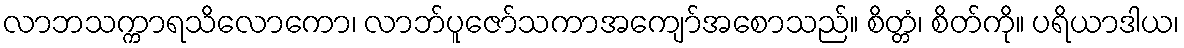
လာဘသက္ကာရသိလောကော၊ လာဘ်ပူဇော်သကာအကျော်အစောသည်။ စိတ္တံ၊ စိတ်ကို။ ပရိယာဒါယ၊